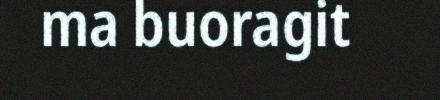
ma buoragit